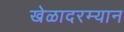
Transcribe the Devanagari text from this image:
खेळादरम्यान